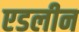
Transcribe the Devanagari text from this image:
एडलीन